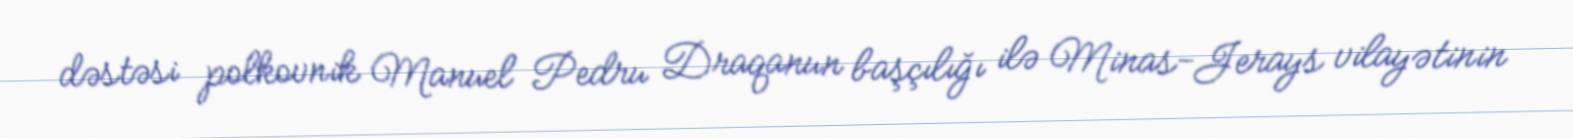
dəstəsi polkovnik Manuel Pedru Draqanun başçılığı ilə Minas-Jerays vilayətinin